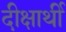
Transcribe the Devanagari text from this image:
दीक्षार्थी